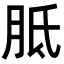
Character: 胝